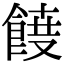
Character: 𮨾